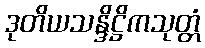
ဒုတိယသန္ဒိဋ္ဌိကသုတ္တံ